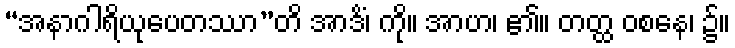
“အနာဂါရိယုပေတဿာ”တိ အာဒိံ၊ ကို။ အာဟ၊ ၏။ တတ္ထ ဝစနေ၊ ၌။